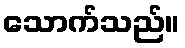
သောက်သည်။